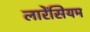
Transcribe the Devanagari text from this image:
लारेंसियम